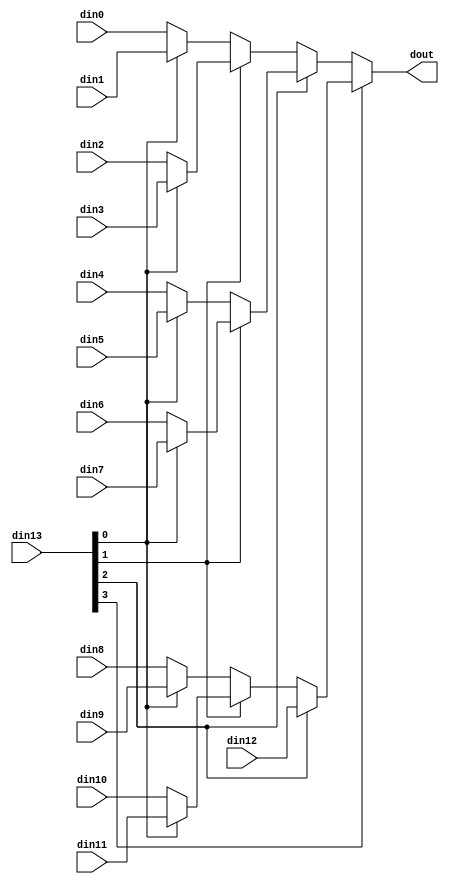
// Copyright (C) 2022, Advanced Micro Devices, Inc. All rights reserved.
// SPDX-License-Identifier: MIT
// ==============================================================
// ==============================================================

`timescale 1ns/1ps

module testDec_mux_134_128_1_1 #(
parameter
    ID                = 0,
    NUM_STAGE         = 1,
    din0_WIDTH       = 32,
    din1_WIDTH       = 32,
    din2_WIDTH       = 32,
    din3_WIDTH       = 32,
    din4_WIDTH       = 32,
    din5_WIDTH       = 32,
    din6_WIDTH       = 32,
    din7_WIDTH       = 32,
    din8_WIDTH       = 32,
    din9_WIDTH       = 32,
    din10_WIDTH       = 32,
    din11_WIDTH       = 32,
    din12_WIDTH       = 32,
    din13_WIDTH         = 32,
    dout_WIDTH            = 32
)(
    input  [127 : 0]     din0,
    input  [127 : 0]     din1,
    input  [127 : 0]     din2,
    input  [127 : 0]     din3,
    input  [127 : 0]     din4,
    input  [127 : 0]     din5,
    input  [127 : 0]     din6,
    input  [127 : 0]     din7,
    input  [127 : 0]     din8,
    input  [127 : 0]     din9,
    input  [127 : 0]     din10,
    input  [127 : 0]     din11,
    input  [127 : 0]     din12,
    input  [3 : 0]    din13,
    output [127 : 0]   dout);

// puts internal signals
wire [3 : 0]     sel;
// level 1 signals
wire [127 : 0]         mux_1_0;
wire [127 : 0]         mux_1_1;
wire [127 : 0]         mux_1_2;
wire [127 : 0]         mux_1_3;
wire [127 : 0]         mux_1_4;
wire [127 : 0]         mux_1_5;
wire [127 : 0]         mux_1_6;
// level 2 signals
wire [127 : 0]         mux_2_0;
wire [127 : 0]         mux_2_1;
wire [127 : 0]         mux_2_2;
wire [127 : 0]         mux_2_3;
// level 3 signals
wire [127 : 0]         mux_3_0;
wire [127 : 0]         mux_3_1;
// level 4 signals
wire [127 : 0]         mux_4_0;

assign sel = din13;

// Generate level 1 logic
assign mux_1_0 = (sel[0] == 0)? din0 : din1;
assign mux_1_1 = (sel[0] == 0)? din2 : din3;
assign mux_1_2 = (sel[0] == 0)? din4 : din5;
assign mux_1_3 = (sel[0] == 0)? din6 : din7;
assign mux_1_4 = (sel[0] == 0)? din8 : din9;
assign mux_1_5 = (sel[0] == 0)? din10 : din11;
assign mux_1_6 = din12;

// Generate level 2 logic
assign mux_2_0 = (sel[1] == 0)? mux_1_0 : mux_1_1;
assign mux_2_1 = (sel[1] == 0)? mux_1_2 : mux_1_3;
assign mux_2_2 = (sel[1] == 0)? mux_1_4 : mux_1_5;
assign mux_2_3 = mux_1_6;

// Generate level 3 logic
assign mux_3_0 = (sel[2] == 0)? mux_2_0 : mux_2_1;
assign mux_3_1 = (sel[2] == 0)? mux_2_2 : mux_2_3;

// Generate level 4 logic
assign mux_4_0 = (sel[3] == 0)? mux_3_0 : mux_3_1;

// output logic
assign dout = mux_4_0;

endmodule